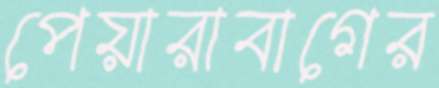
পেয়ারাবাগের